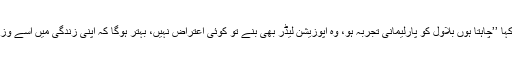
آصف زرداری نے کہا ’’چاہتا ہوں بلاول کو پارلیمانی تجربہ ہو، وہ اپوزیشن لیڈر بھی بنے تو کوئی اعتراض نہیں، بہتر ہوگا کہ اپنی زندگی میں اسے وزیراعظم بنتا دیکھوں۔